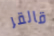
قالقر